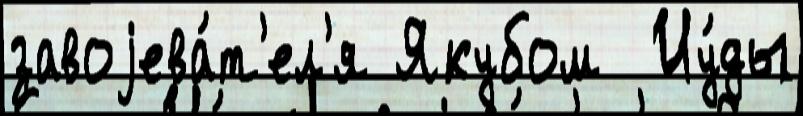
завоjева́т'ел'я Якубом  Иу́ды